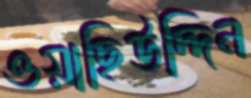
ওয়াছিউদ্দিন